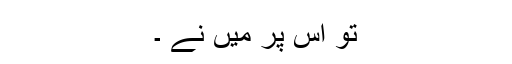
تو اس پر میں نے ۔